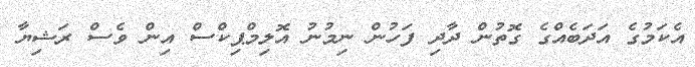
އެކަމުގެ އަދަބެއްގެ ގޮތުން ދާދި ފަހުން ނިމުނު އޮލިމްޕިކްސް އިން ވެސް ރަޝިޔާ